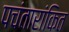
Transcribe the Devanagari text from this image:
पचंतारांकित